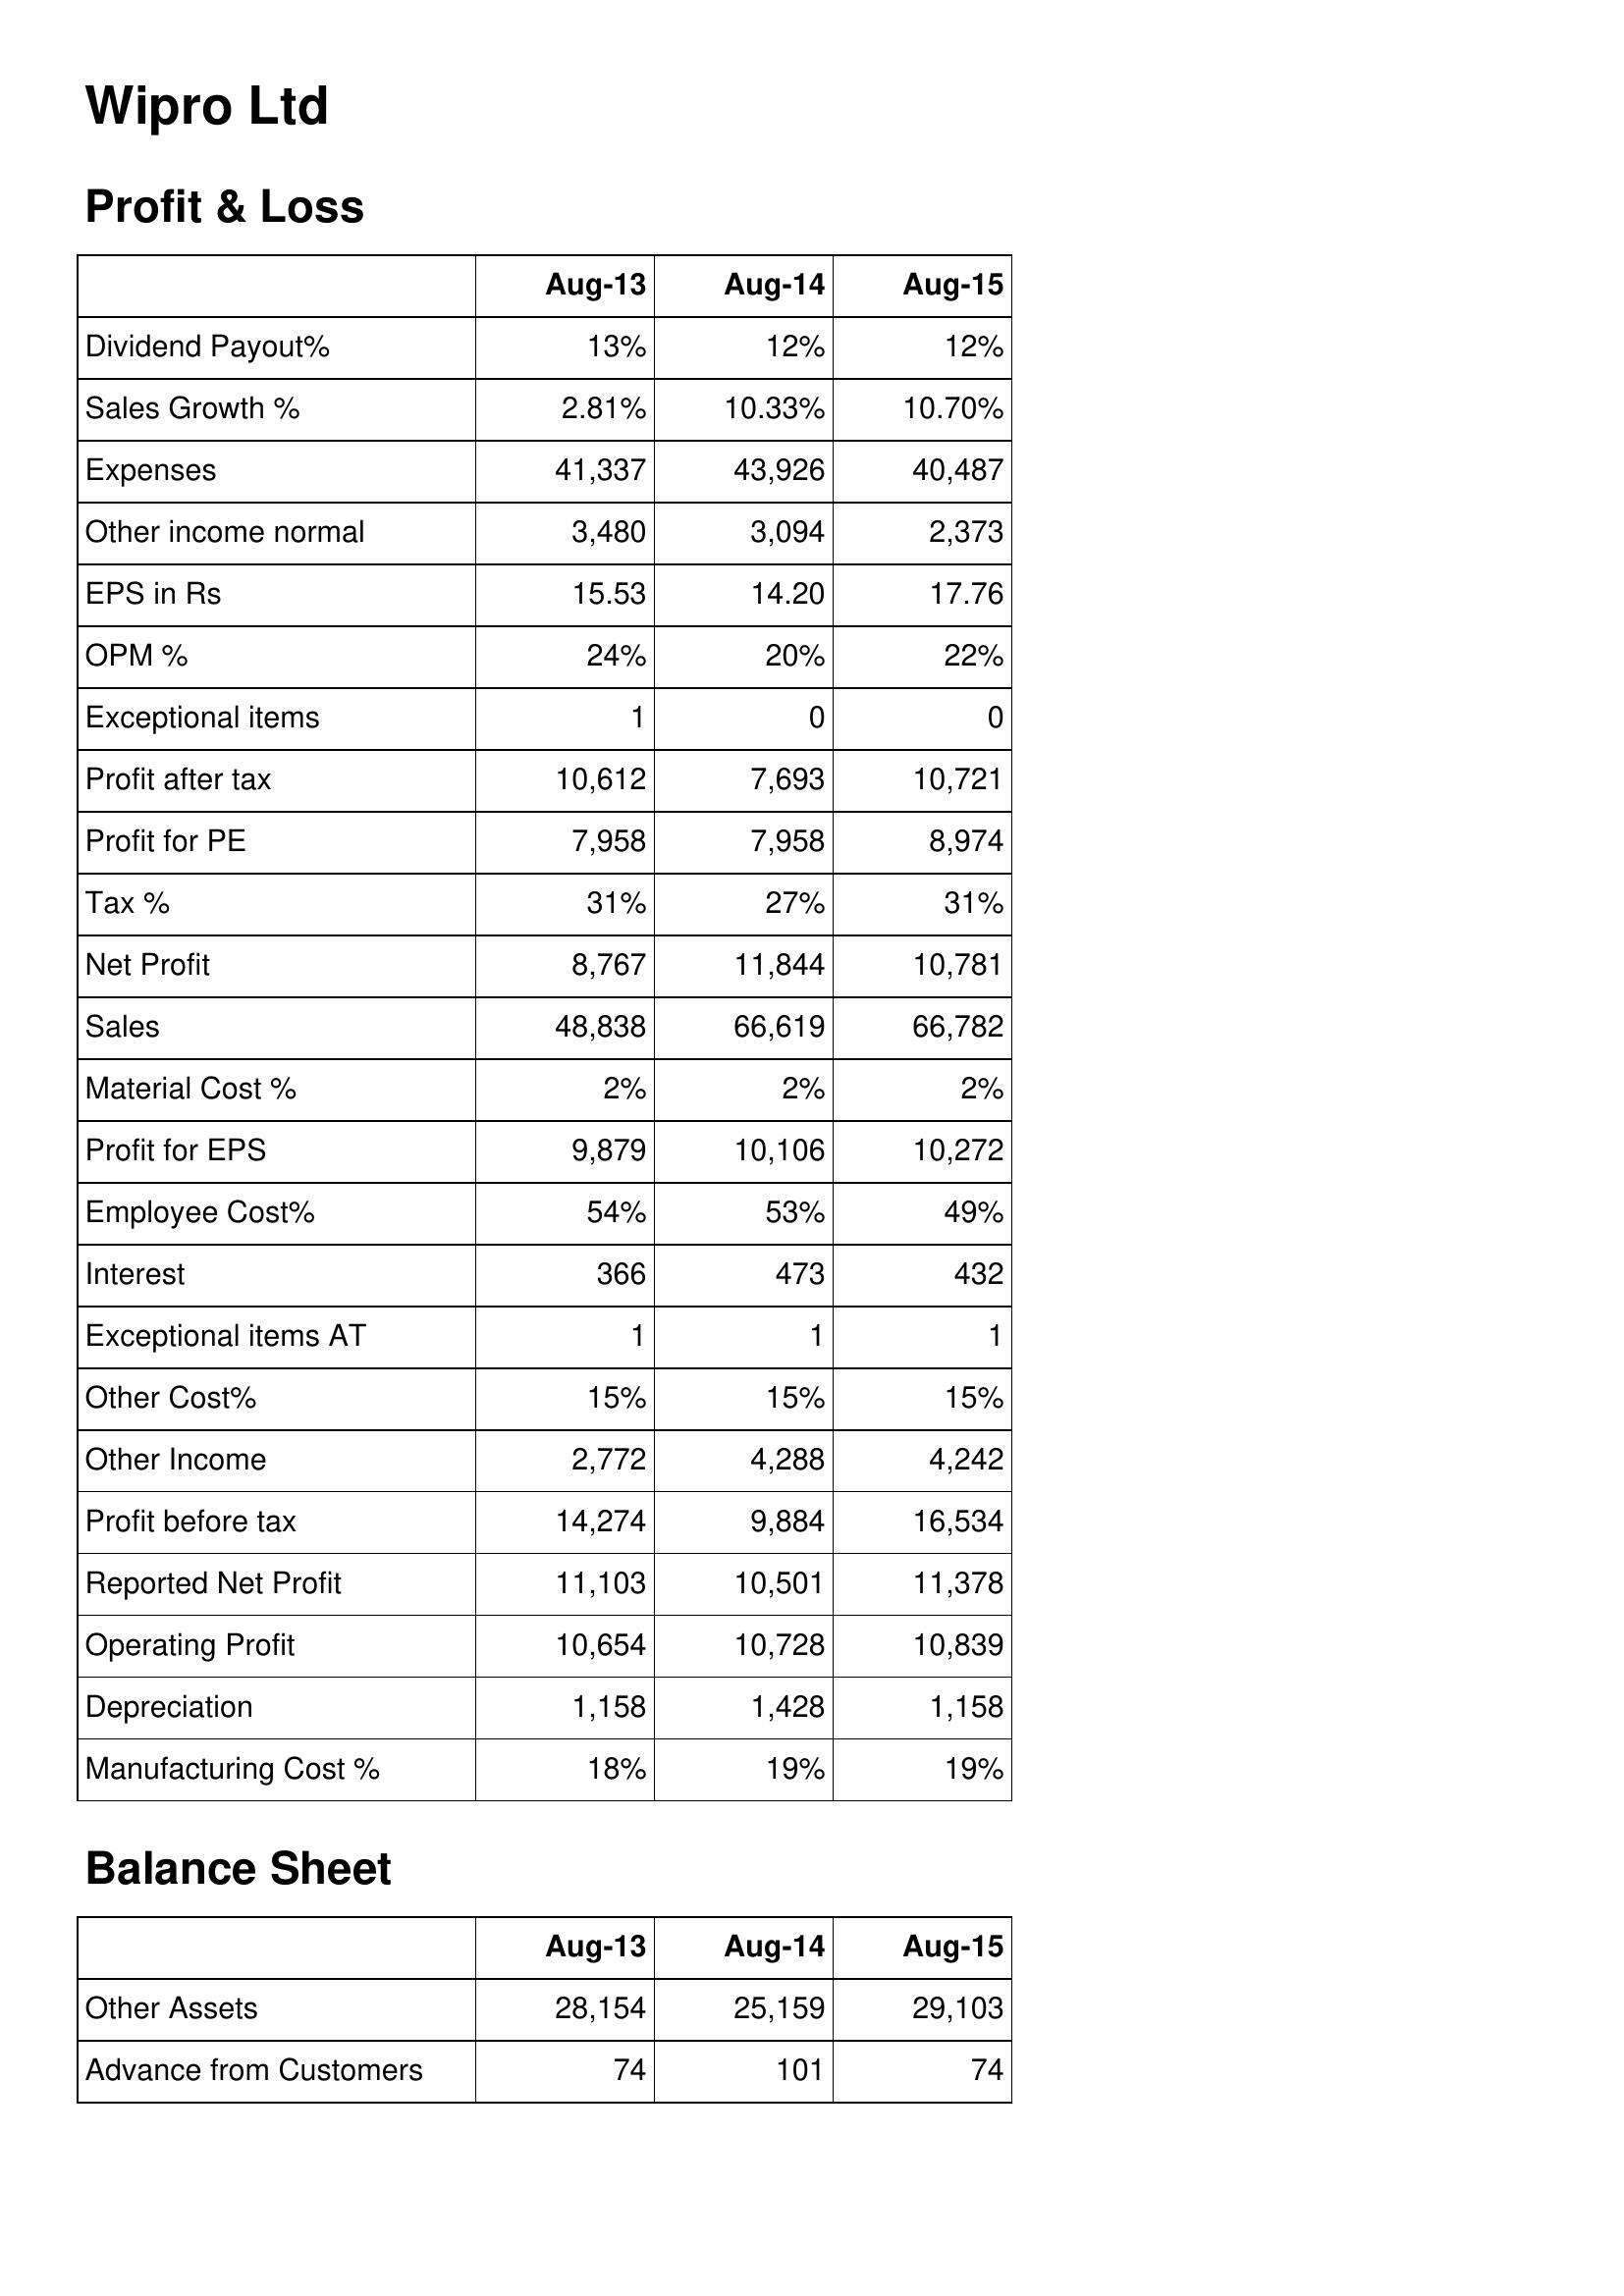
Aug-13: Profit & Loss: Dividend Payout%: 13%
Sales Growth %: 2.81%
Expenses: 41,337
Other income normal: 3,480
EPS in Rs: 15.53
OPM %: 24%
Exceptional items: 1
Profit after tax: 10,612
Profit for PE: 7,958
Tax %: 31%
Net Profit: 8,767
Sales: 48,838
Material Cost %: 2%
Profit for EPS: 9,879
Employee Cost%: 54%
Interest: 366
Exceptional items AT: 1
Other Cost%: 15%
Other Income: 2,772
Profit before tax: 14,274
Reported Net Profit: 11,103
Operating Profit: 10,654
Depreciation: 1,158
Manufacturing Cost %: 18%
Balance Sheet: Other Assets: 28,154
Advance from Customers: 74
Aug-14: Profit & Loss: Dividend Payout%: 12%
Sales Growth %: 10.33%
Expenses: 43,926
Other income normal: 3,094
EPS in Rs: 14.20
OPM %: 20%
Exceptional items: 0
Profit after tax: 7,693
Profit for PE: 7,958
Tax %: 27%
Net Profit: 11,844
Sales: 66,619
Material Cost %: 2%
Profit for EPS: 10,106
Employee Cost%: 53%
Interest: 473
Exceptional items AT: 1
Other Cost%: 15%
Other Income: 4,288
Profit before tax: 9,884
Reported Net Profit: 10,501
Operating Profit: 10,728
Depreciation: 1,428
Manufacturing Cost %: 19%
Balance Sheet: Other Assets: 25,159
Advance from Customers: 101
Aug-15: Profit & Loss: Dividend Payout%: 12%
Sales Growth %: 10.70%
Expenses: 40,487
Other income normal: 2,373
EPS in Rs: 17.76
OPM %: 22%
Exceptional items: 0
Profit after tax: 10,721
Profit for PE: 8,974
Tax %: 31%
Net Profit: 10,781
Sales: 66,782
Material Cost %: 2%
Profit for EPS: 10,272
Employee Cost%: 49%
Interest: 432
Exceptional items AT: 1
Other Cost%: 15%
Other Income: 4,242
Profit before tax: 16,534
Reported Net Profit: 11,378
Operating Profit: 10,839
Depreciation: 1,158
Manufacturing Cost %: 19%
Balance Sheet: Other Assets: 29,103
Advance from Customers: 74